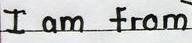
I am from